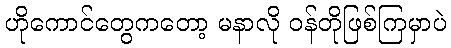
ဟိုကောင်တွေကတော့ မနာလို ဝန်တိုဖြစ်ကြမှာပဲ